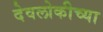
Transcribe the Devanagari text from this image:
देवलोकीच्या